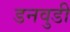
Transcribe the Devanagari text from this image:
डनवुडी